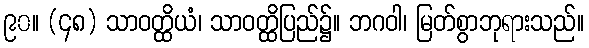
၉၀။ (၄၈) သာဝတ္ထိယံ၊ သာဝတ္ထိပြည်၌။ ဘဂဝါ၊ မြတ်စွာဘုရားသည်။